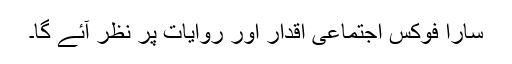
سارا فوکس اجتماعی اقدار اور روایات پر نظر آئے گا۔